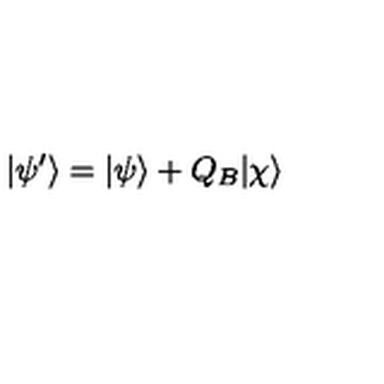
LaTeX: | \psi ^ { \prime } \rangle = | \psi \rangle + Q _ { B } | \chi \rangle